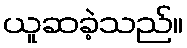
ယူဆခဲ့သည်။